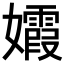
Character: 𡤕